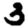
Digit: 3